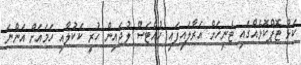
ކަޅު ޓޮޕްކޮޅެއްގައި ޓެނިހަށް އަރާލައިފައި ހުއްޓަސް ލުޖައިން ހުރީ ކަކުލާއި ހަމައަށް އަންނަ